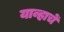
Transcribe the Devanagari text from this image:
याव्हाचें